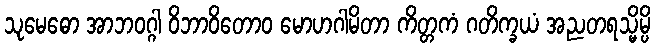
သုမေဓော အာဘဝဂ္ဂါ ဝိဘာဝိတောဝ မောဟဂါမိတာ ကိတ္တကံ ဂတိက္ခယံ အညတရသ္မိမ္ပိ